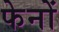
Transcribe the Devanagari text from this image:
फेनों